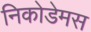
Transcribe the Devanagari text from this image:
निकोडेमस